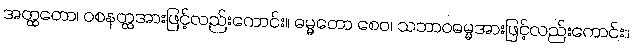
အတ္ထတော၊ ဝစနတ္ထအားဖြင့်လည်းကောင်း။ ဓမ္မတော စေဝ၊ သဘာဝဓမ္မအားဖြင့်လည်းကောင်း။